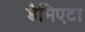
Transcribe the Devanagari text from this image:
डैमिएटा